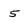
Character: 5